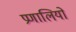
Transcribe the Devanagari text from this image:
प्रणालियों